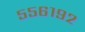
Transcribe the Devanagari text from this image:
५५६१९२